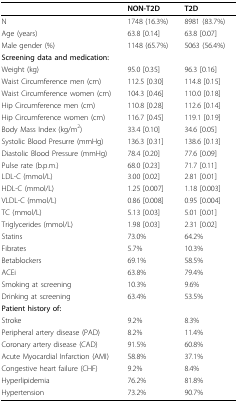
<table><thead><tr><td>[EMPTY_CELL]</td><td><b>NON-T2D</b></td><td><b>T2D</b></td></tr></thead><tbody><tr><td>N</td><td>1748 (16.3%)</td><td>8981 (83.7%)</td></tr><tr><td>Age (years)</td><td>63.8 [0.14]</td><td>63.8 [0.07]</td></tr><tr><td>Male gender (%)</td><td>1148 (65.7%)</td><td>5063 (56.4%)</td></tr><tr><td><b>Screening data and medication:</b></td><td>[EMPTY_CELL]</td><td>[EMPTY_CELL]</td></tr><tr><td>Weight (kg)</td><td>95.0 [0.35]</td><td>96.3 [0.16]</td></tr><tr><td>Waist Circumference men (cm)</td><td>112.5 [0.30]</td><td>114.8 [0.15]</td></tr><tr><td>Waist Circumference women (cm)</td><td>104.3 [0.46]</td><td>110.0 [0.18]</td></tr><tr><td>Hip Circumference men (cm)</td><td>110.8 [0.28]</td><td>112.6 [0.14]</td></tr><tr><td>Hip Circumference women (cm)</td><td>116.7 [0.45]</td><td>119.1 [0.19]</td></tr><tr><td>Body Mass Index (kg/m<sup>2</sup>)</td><td>33.4 [0.10]</td><td>34.6 [0.05]</td></tr><tr><td>Systolic Blood Presurre (mmHg)</td><td>136.3 [0.31]</td><td>138.6 [0.13]</td></tr><tr><td>Diastolic Blood Pressure (mmHg)</td><td>78.4 [0.20]</td><td>77.6 [0.09]</td></tr><tr><td>Pulse rate (b.p.m.)</td><td>68.0 [0.23]</td><td>71.7 [0.11]</td></tr><tr><td>LDL-C (mmol/L)</td><td>3.00 [0.02]</td><td>2.81 [0.01]</td></tr><tr><td>HDL-C (mmol/L)</td><td>1.25 [0.007]</td><td>1.18 [0.003]</td></tr><tr><td>VLDL-C (mmol/L)</td><td>0.86 [0.008]</td><td>0.95 [0.004]</td></tr><tr><td>TC (mmol/L)</td><td>5.13 [0.03]</td><td>5.01 [0.01]</td></tr><tr><td>Triglycerides (mmol/L)</td><td>1.98 [0.03]</td><td>2.31 [0.02]</td></tr><tr><td>Statins</td><td>73.0%</td><td>64.2%</td></tr><tr><td>Fibrates</td><td>5.7%</td><td>10.3%</td></tr><tr><td>Betablockers</td><td>69.1%</td><td>58.5%</td></tr><tr><td>ACEi</td><td>63.8%</td><td>79.4%</td></tr><tr><td>Smoking at screening</td><td>10.3%</td><td>9.6%</td></tr><tr><td>Drinking at screening</td><td>63.4%</td><td>53.5%</td></tr><tr><td><b>Patient history of:</b></td><td>[EMPTY_CELL]</td><td>[EMPTY_CELL]</td></tr><tr><td>Stroke</td><td>9.2%</td><td>8.3%</td></tr><tr><td>Peripheral artery disease (PAD)</td><td>8.2%</td><td>11.4%</td></tr><tr><td>Coronary artery disease (CAD)</td><td>91.5%</td><td>60.8%</td></tr><tr><td>Acute Myocardial Infarction (AMI)</td><td>58.8%</td><td>37.1%</td></tr><tr><td>Congestive heart failure (CHF)</td><td>9.2%</td><td>8.4%</td></tr><tr><td>Hyperlipidemia</td><td>76.2%</td><td>81.8%</td></tr><tr><td>Hypertension</td><td>73.2%</td><td>90.7%</td></tr></tbody></table>